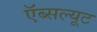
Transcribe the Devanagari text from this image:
ऍब्सल्यूट